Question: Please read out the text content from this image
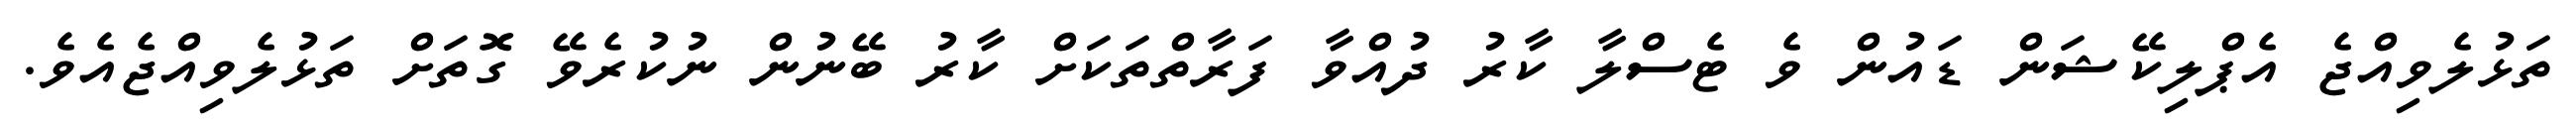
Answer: ތަޅުލެވިއްޖެ އެޕްލިކޭޝަން ޑައުން ވެ ޓެސްލާ ކާރު ދުއްވާ ފަރާތްތަކަށް ކާރު ބޭނުން ނުކުރެވޭ ގޮތަށް ތަޅުލެވިއްޖެއެވެ.